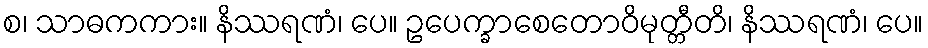
စ၊ သာဓကကား။ နိဿရဏံ၊ ပေ။ ဥပေက္ခာစေတောဝိမုတ္တီတိ၊ နိဿရဏံ၊ ပေ။